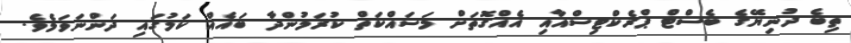
ތިބެ ދުނިޔޭގެ ބެސްޓް ޕްރެކްޓިސްއާއި އެއްގޮތަށް މަސައްކަތް ކުރަމުންދާ ބައެއް ކަމުގައި ދަންނަވަމެވެ.